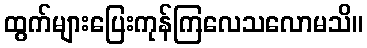
ထွက်များပြေးကုန်ကြလေသလောမသိ။